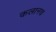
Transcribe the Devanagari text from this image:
कलानच